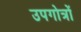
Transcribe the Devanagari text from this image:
उपगोत्रों